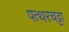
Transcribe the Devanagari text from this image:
पत्थरचट्टा